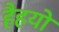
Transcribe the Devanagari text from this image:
हैहयो